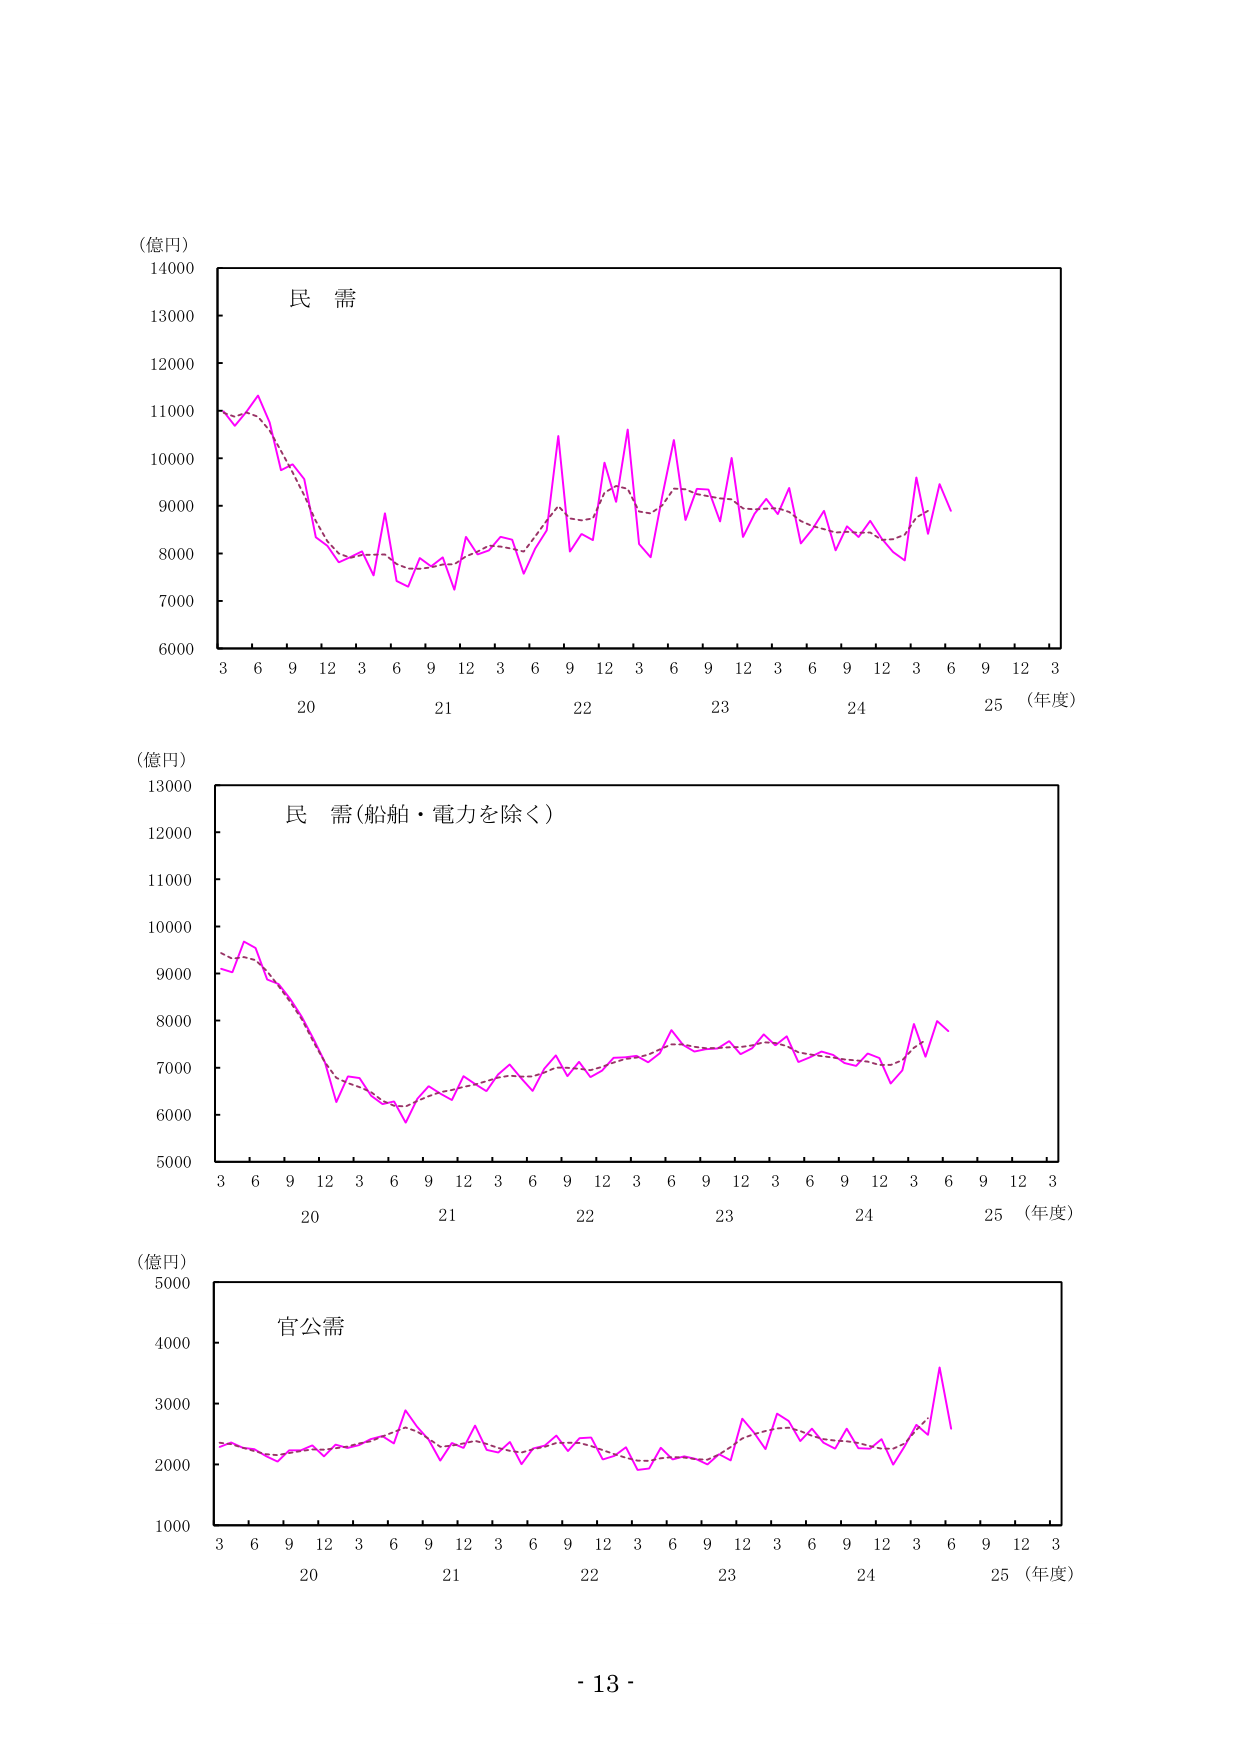
(億円)
14000
13000
12000
11000
10000
9000
8000
7000
6000
3 6 9 12 3 6 9 12 3 6 9 12 3 6 9 12 3 6 9 12 3 6 9 12 3
20 21 22 23 24 25 (年度)
民 需

(億円)
13000
12000
11000
10000
9000
8000
7000
6000
5000
3 6 9 12 3 6 9 12 3 6 9 12 3 6 9 12 3 6 9 12 3 6 9 12 3
20 21 22 23 24 25 (年度)
民 需(船舶・電力を除く)

(億円)
5000
4000
3000
2000
1000
3 6 9 12 3 6 9 12 3 6 9 12 3 6 9 12 3 6 9 12 3
20 21 22 23 24 25 (年度)
官公需

- 13 -